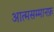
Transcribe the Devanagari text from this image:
आत्मसम्मानफ़